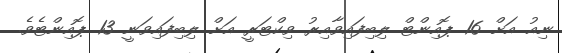
ނިއު އަށް 16 ޕޮއިންޓް ލިބިފައިވާއިރު ވިކްޓަރީ އަށް ލިބިފައިވަނީ 13 ޕޮއިންޓެވެ.